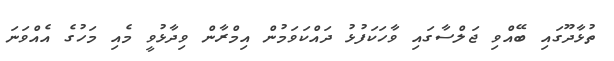
ތުޅާދޫގައި ބޭއްވި ޖަލްސާގައި ވާހަކަފުޅު ދައްކަވަމުން އިމްރާން ވިދާޅުވީ މެއި މަހުގެ އެއްވަނަ